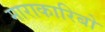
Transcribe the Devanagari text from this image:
माराकारिबो